Leprosy in India: report of the Leprosy Commission in India, 1890-91
Year: 1890
Disease focus: Leprosy
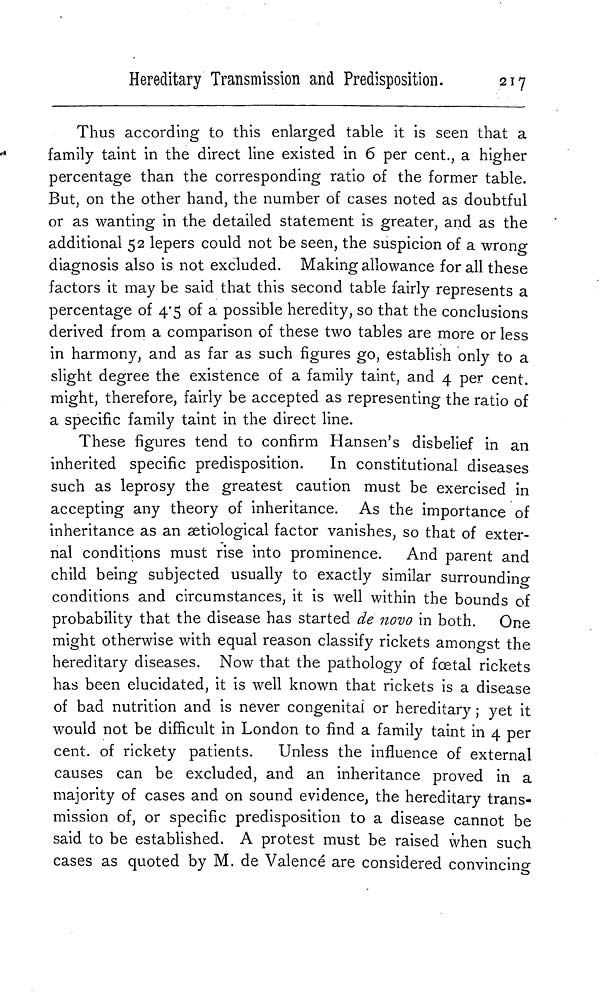
Hereditary Transmission and Predisposition.
217
Thus according to this enlarged table it is seen that a
family taint in the direct line existed in 6 per cent., a higher
percentage than the corresponding ratio of the former table.
But, on the other hand, the number of cases noted as doubtful
or as wanting in the detailed statement is greater, and as the
additional 52 lepers could not be seen, the suspicion of a wrong
diagnosis also is not excluded. Making allowance for all these
factors it may be said that this second table fairly represents a
percentage of 4.5 of a possible heredity, so that the conclusions
derived from a comparison of these two tables are more or less
in harmony, and as far as such figures go, establish only to a
slight degree the existence of a family taint, and 4 per cent.
might, therefore, fairly be accepted as representing the ratio of
a specific family taint in the direct line.
These figures tend to confirm Hansen's disbelief in an
inherited specific predisposition.
In constitutional diseases
such as leprosy the greatest caution must be exercised in
accepting any theory of inheritance. As the importance of
inheritance as an ætiological factor vanishes, so that of exter-
nal conditions must rise into prominence. And parent and
child being subjected usually to exactly similar surrounding
conditions and circumstances, it is well within the bounds of
probability that the disease has started de novo in both. One
might otherwise with equal reason classify rickets amongst the
hereditary diseases. Now that the pathology of fœtal rickets
has been elucidated, it is well known that rickets is a disease
of bad nutrition and is never congenital or hereditary ; yet it
would not be difficult in London to find a family taint in 4 per
cent. of rickety patients. Unless the influence of external
causes can be excluded, and an inheritance proved in a
majority of cases and on sound evidence, the hereditary trans-
mission of, or specific predisposition to a disease cannot be
said to be established. A protest must be raised when such
cases as quoted by M. de Valencé are considered convincing